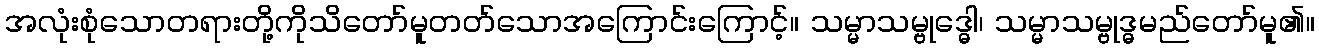
အလုံးစုံသောတရားတို့ကိုသိတော်မူတတ်သောအကြောင်းကြောင့်။ သမ္မာသမ္ဗုဒ္ဓေါ၊ သမ္မာသမ္ဗုဒ္ဓမည်တော်မူ၏။